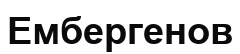
Ембергенов